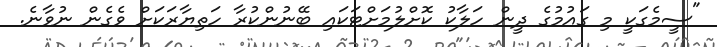
"ސީމެގަކީ މި ގައުމުގެ ދީން ހަލާކު ކޮށްލުމަށްޓަކައި ބޭނުންކުރާ ހަތިޔާރަކަށް ވެގެން ނުވާނެ.